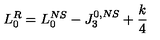
L _ { 0 } ^ { R } = L _ { 0 } ^ { N S } - J _ { 3 } ^ { 0 , N S } + { \frac { k } { 4 } }